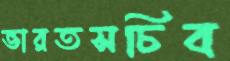
ভারতসচিব